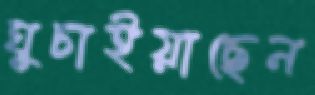
ঘুচাইয়াছেন